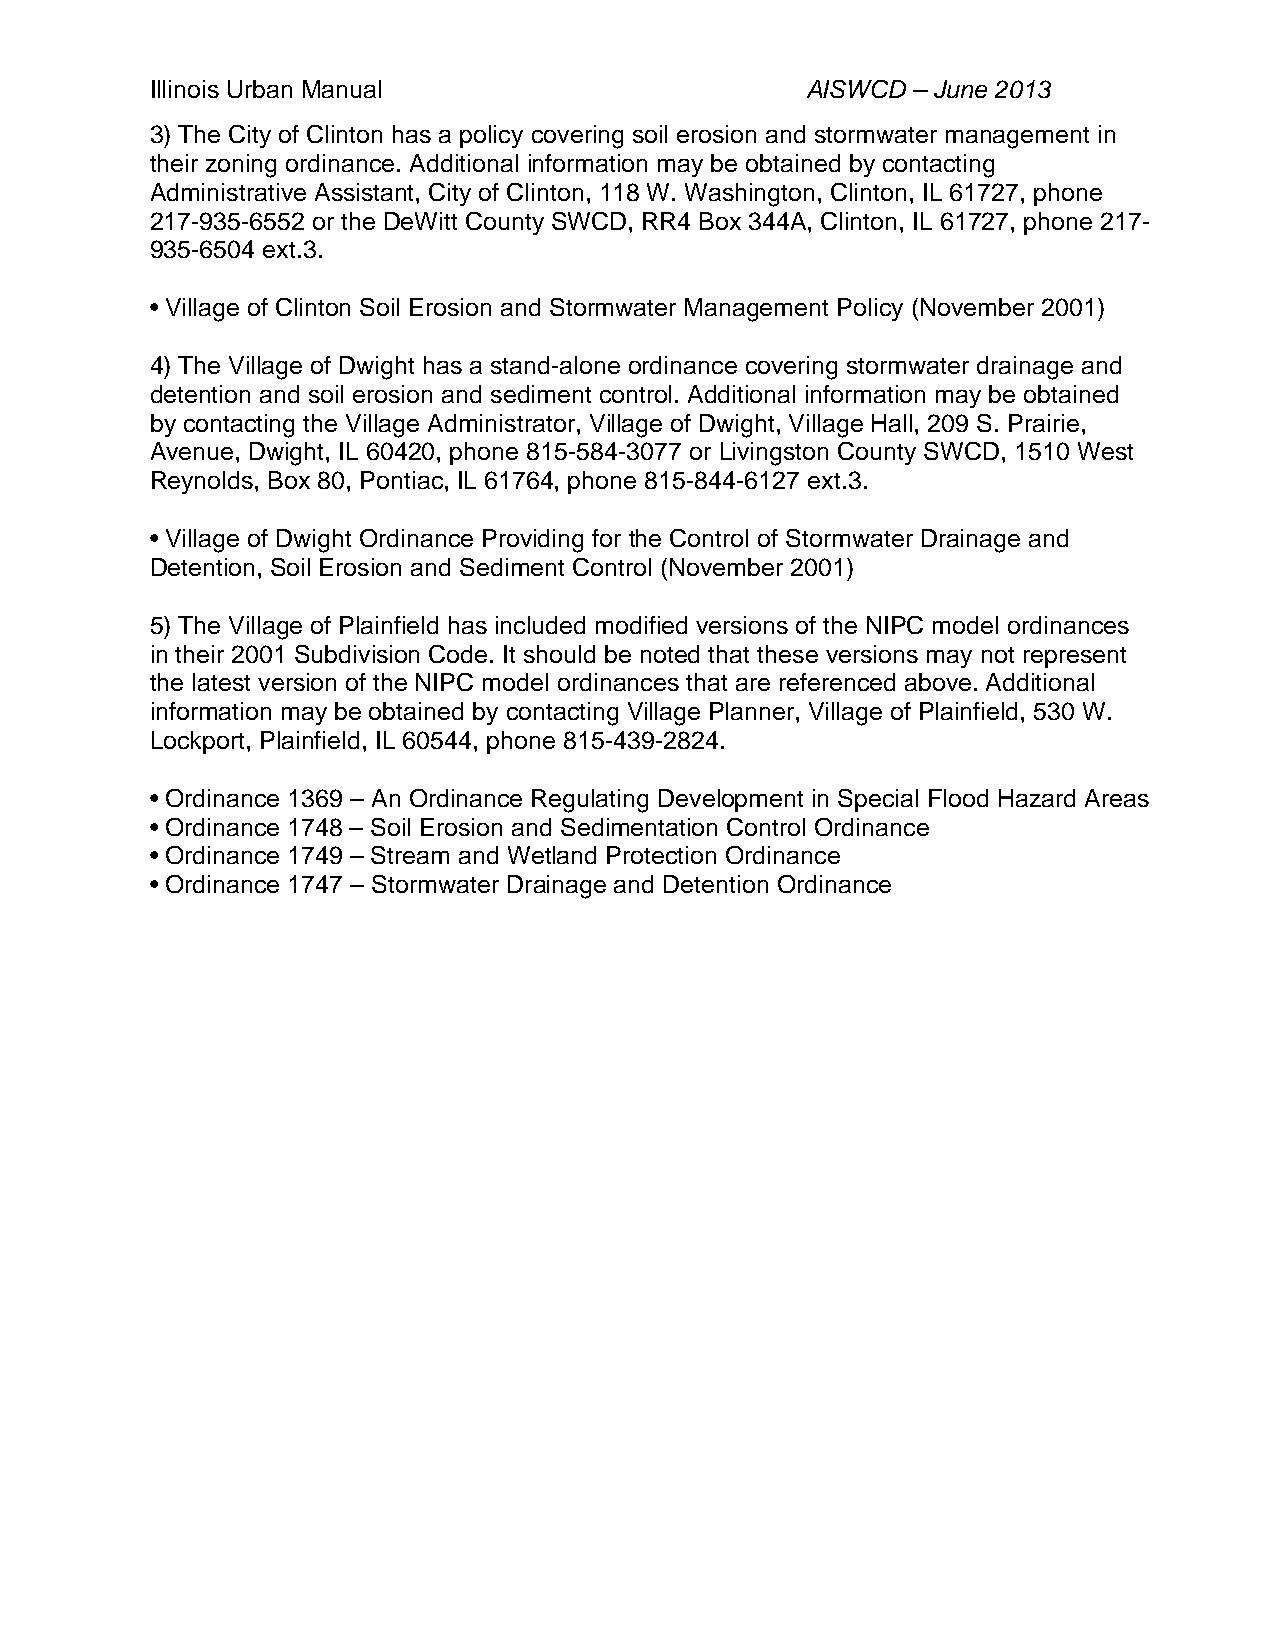
Illinois Urban Manual                      AISWCD – June 2013
 3) The City of Clinton has a policy covering soil erosion and stormwater management in
 their zoning ordinance. Additional information may be obtained by contacting
 Administrative Assistant, City of Clinton, 118 W. Washington, Clinton, IL 61727, phone
 217-935-6552 or the DeWitt County SWCD, RR4 Box 344A, Clinton, IL 61727, phone 217-
 935-6504 ext.3.
 • Village of Clinton Soil Erosion and Stormwater Management Policy (November 2001)
 4) The Village of Dwight has a stand-alone ordinance covering stormwater drainage and
 detention and soil erosion and sediment control. Additional information may be obtained
 by contacting the Village Administrator, Village of Dwight, Village Hall, 209 S. Prairie,
 Avenue, Dwight, IL 60420, phone 815-584-3077 or Livingston County SWCD, 1510 West
 Reynolds, Box 80, Pontiac, IL 61764, phone 815-844-6127 ext.3.
 • Village of Dwight Ordinance Providing for the Control of Stormwater Drainage and
 Detention, Soil Erosion and Sediment Control (November 2001)
 5) The Village of Plainfield has included modified versions of the NIPC model ordinances
 in their 2001 Subdivision Code. It should be noted that these versions may not represent
 the latest version of the NIPC model ordinances that are referenced above. Additional
 information may be obtained by contacting Village Planner, Village of Plainfield, 530 W.
 Lockport, Plainfield, IL 60544, phone 815-439-2824.
 • Ordinance 1369 – An Ordinance Regulating Development in Special Flood Hazard Areas
 • Ordinance 1748 – Soil Erosion and Sedimentation Control Ordinance
 • Ordinance 1749 – Stream and Wetland Protection Ordinance
 • Ordinance 1747 – Stormwater Drainage and Detention Ordinance